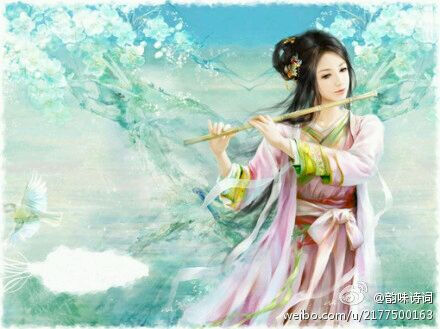
寒山吹笛唤春归，迁客相看泪满衣。